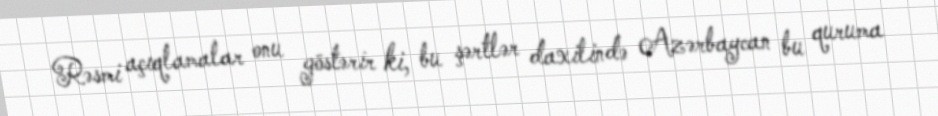
Rəsmi açıqlamalar onu göstərir ki, bu şərtlər daxilində Azərbaycan bu quruma